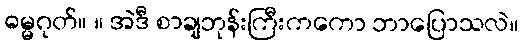
ဓမ္မဂုတ်။ ။ အဲဒီ စာချဘုန်းကြီးကကော ဘာပြောသလဲ။